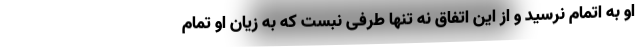
او به اتمام نرسید و از این اتفاق نه تنها طرفی نبست که به زیان او تمام